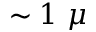
\sim 1 ~ \mu